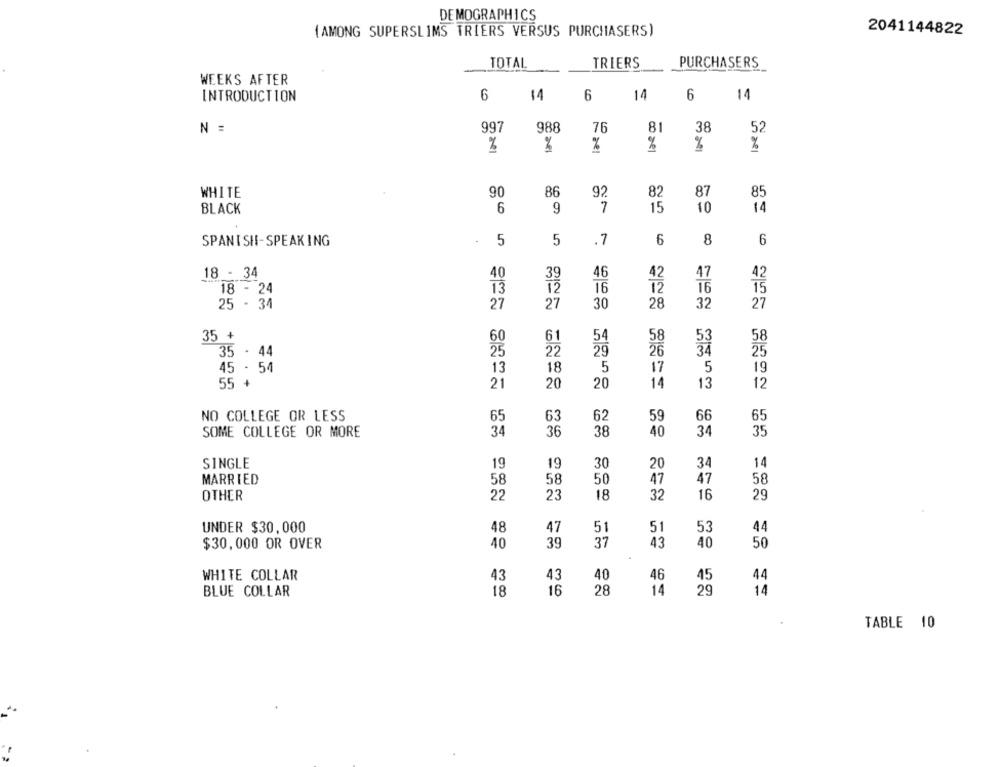
DEMOGRAPHICS
(AMONG SUPERSLIMS TRIERS VERSUS PURCHASERS)
2041144822
TOTAL
TRIERS
PURCHASERS
WEEKS AFTER
INTRODUCTION
6
14
6
14
6
14
N =
997
988
76
81
38
52
%
%
%
%
WHITE
90
86
82
85
92
87
7
15
14
BLACK
6
9
10
SPANISH-SPEAKING
5
5
.7
6
8
6
18 - 34
40
39
46
42
47
42
13
12
16
12
16
15
18 - 24
25 - 31
27
27
30
28
32
27
35 +
61
58
58
60
35 - 44
25
22
26
25
13
18
5
5
19
45 - 54
17
55 +
20
14
13
21
20
12
NO COLLEGE OR LESS
65
63
62
59
66
65
SOME COLLEGE OR MORE
34
36
38
40
34
35
SINGLE
19
19
30
20
34
14
MARRIED
58
58
50
47
47
58
OTHER
22
23
18
32
16
29
UNDER $30,000
48
47
51
53
44
51
39
37
43
40
50
$30,000 OR OVER
40
43
40
WHITE COLLAR
43
46
45
44
28
29
14
BLUE COLLAR
18
16
14
TABLE 10